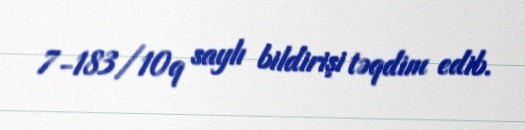
7-183/10q saylı bildirişi təqdim edib.